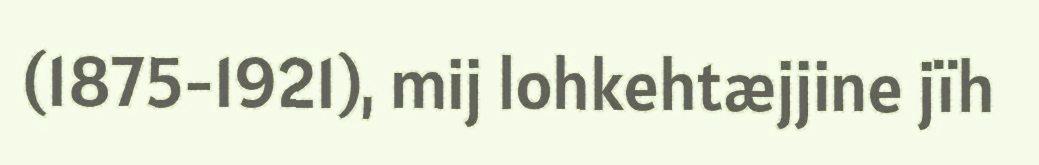
(1875-1921), mij lohkehtæjjine jïh